Bréfritari: Gunnlaugur Oddsson
Dagsetning: A-1889-07-10
Skrifað á: Glasgow, Skotlandi

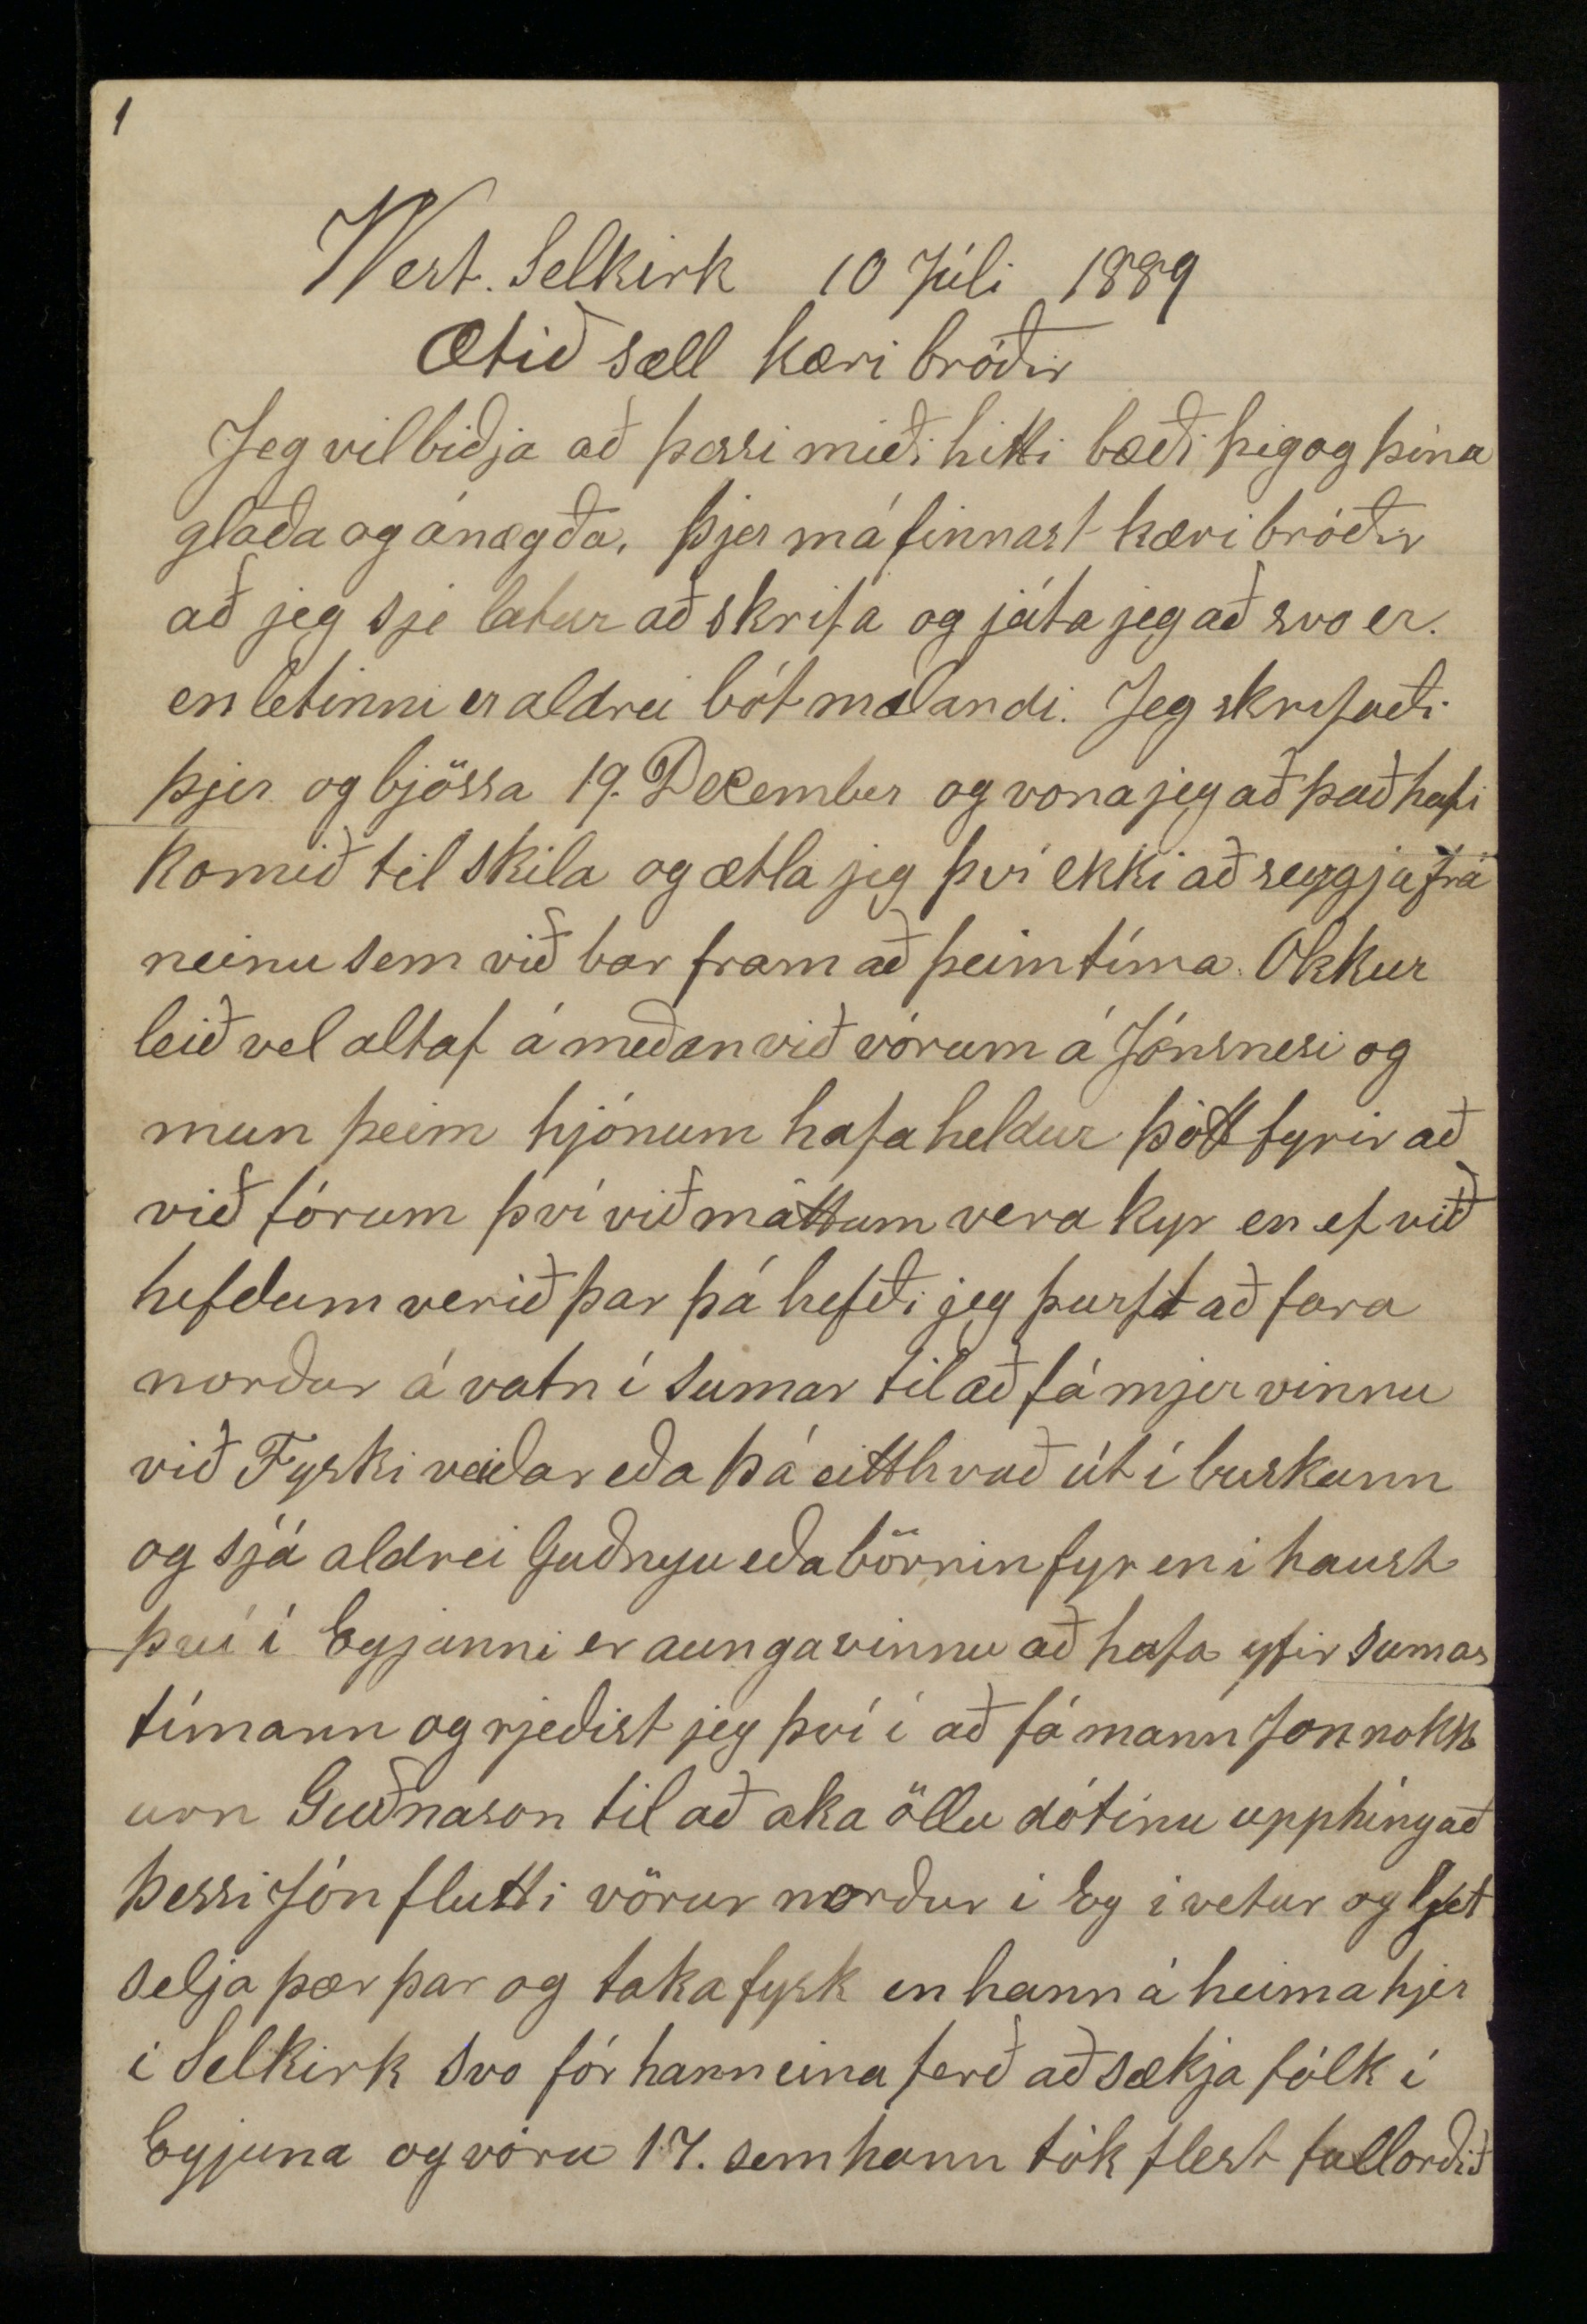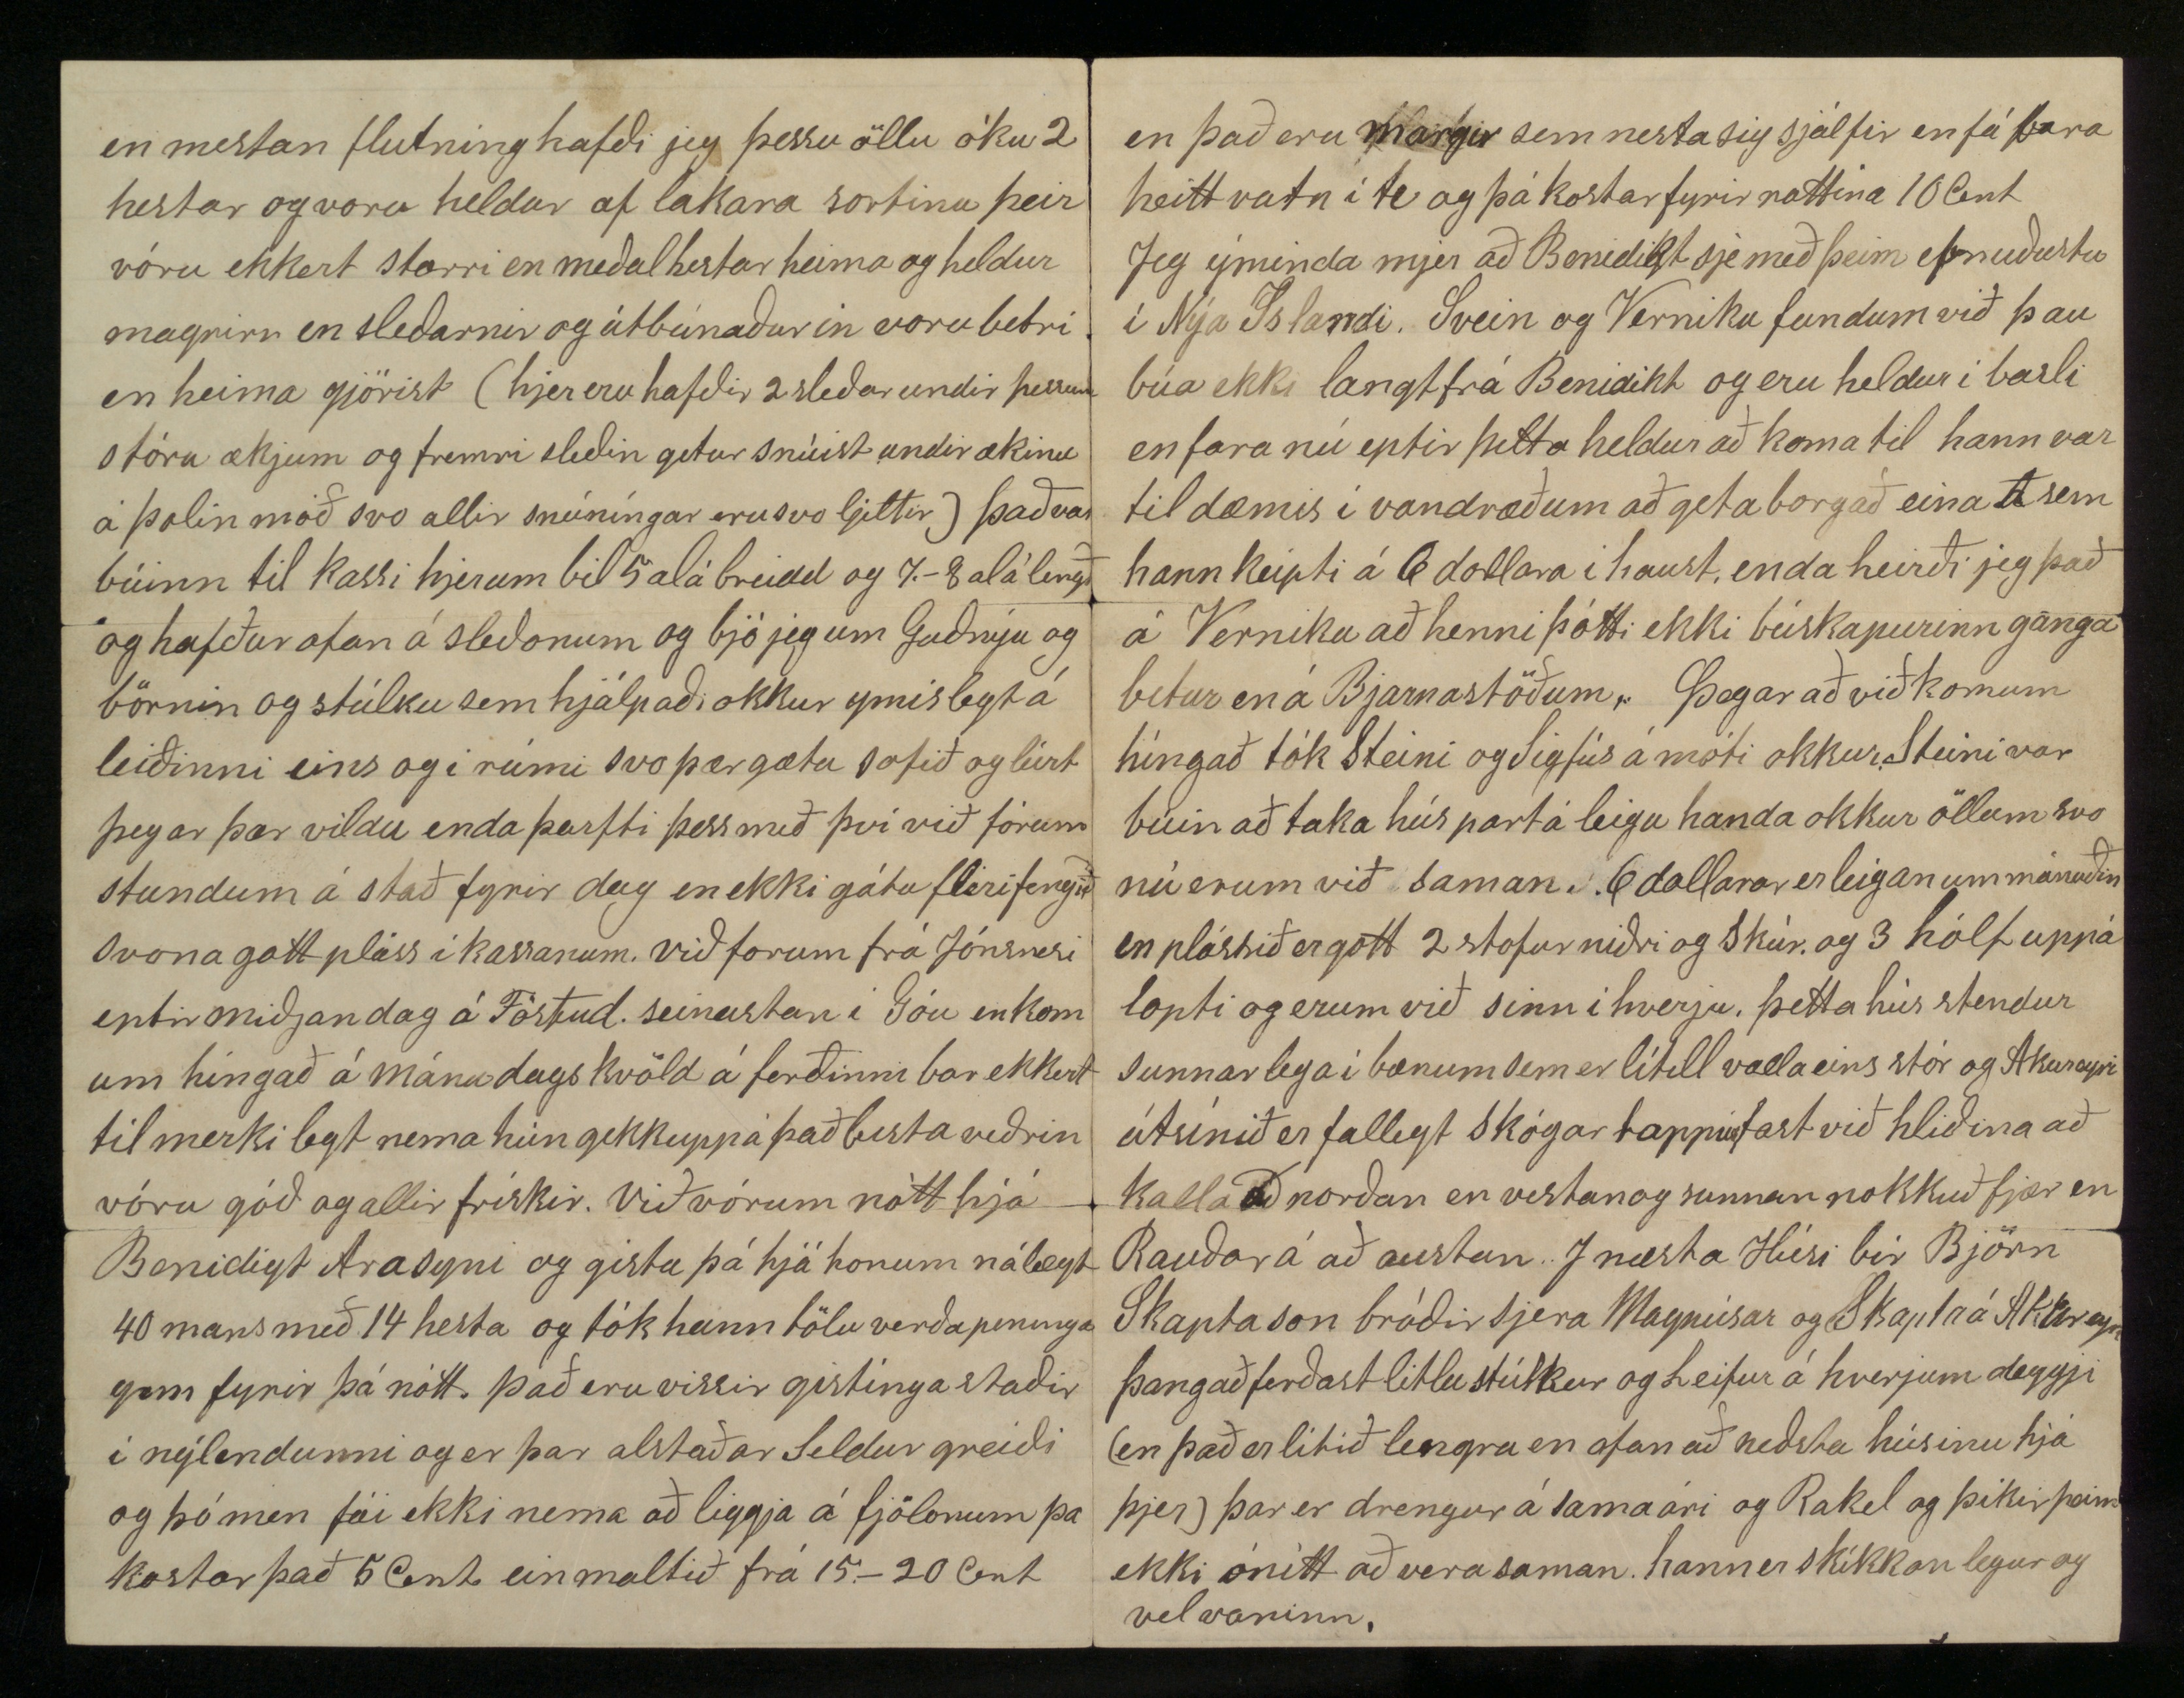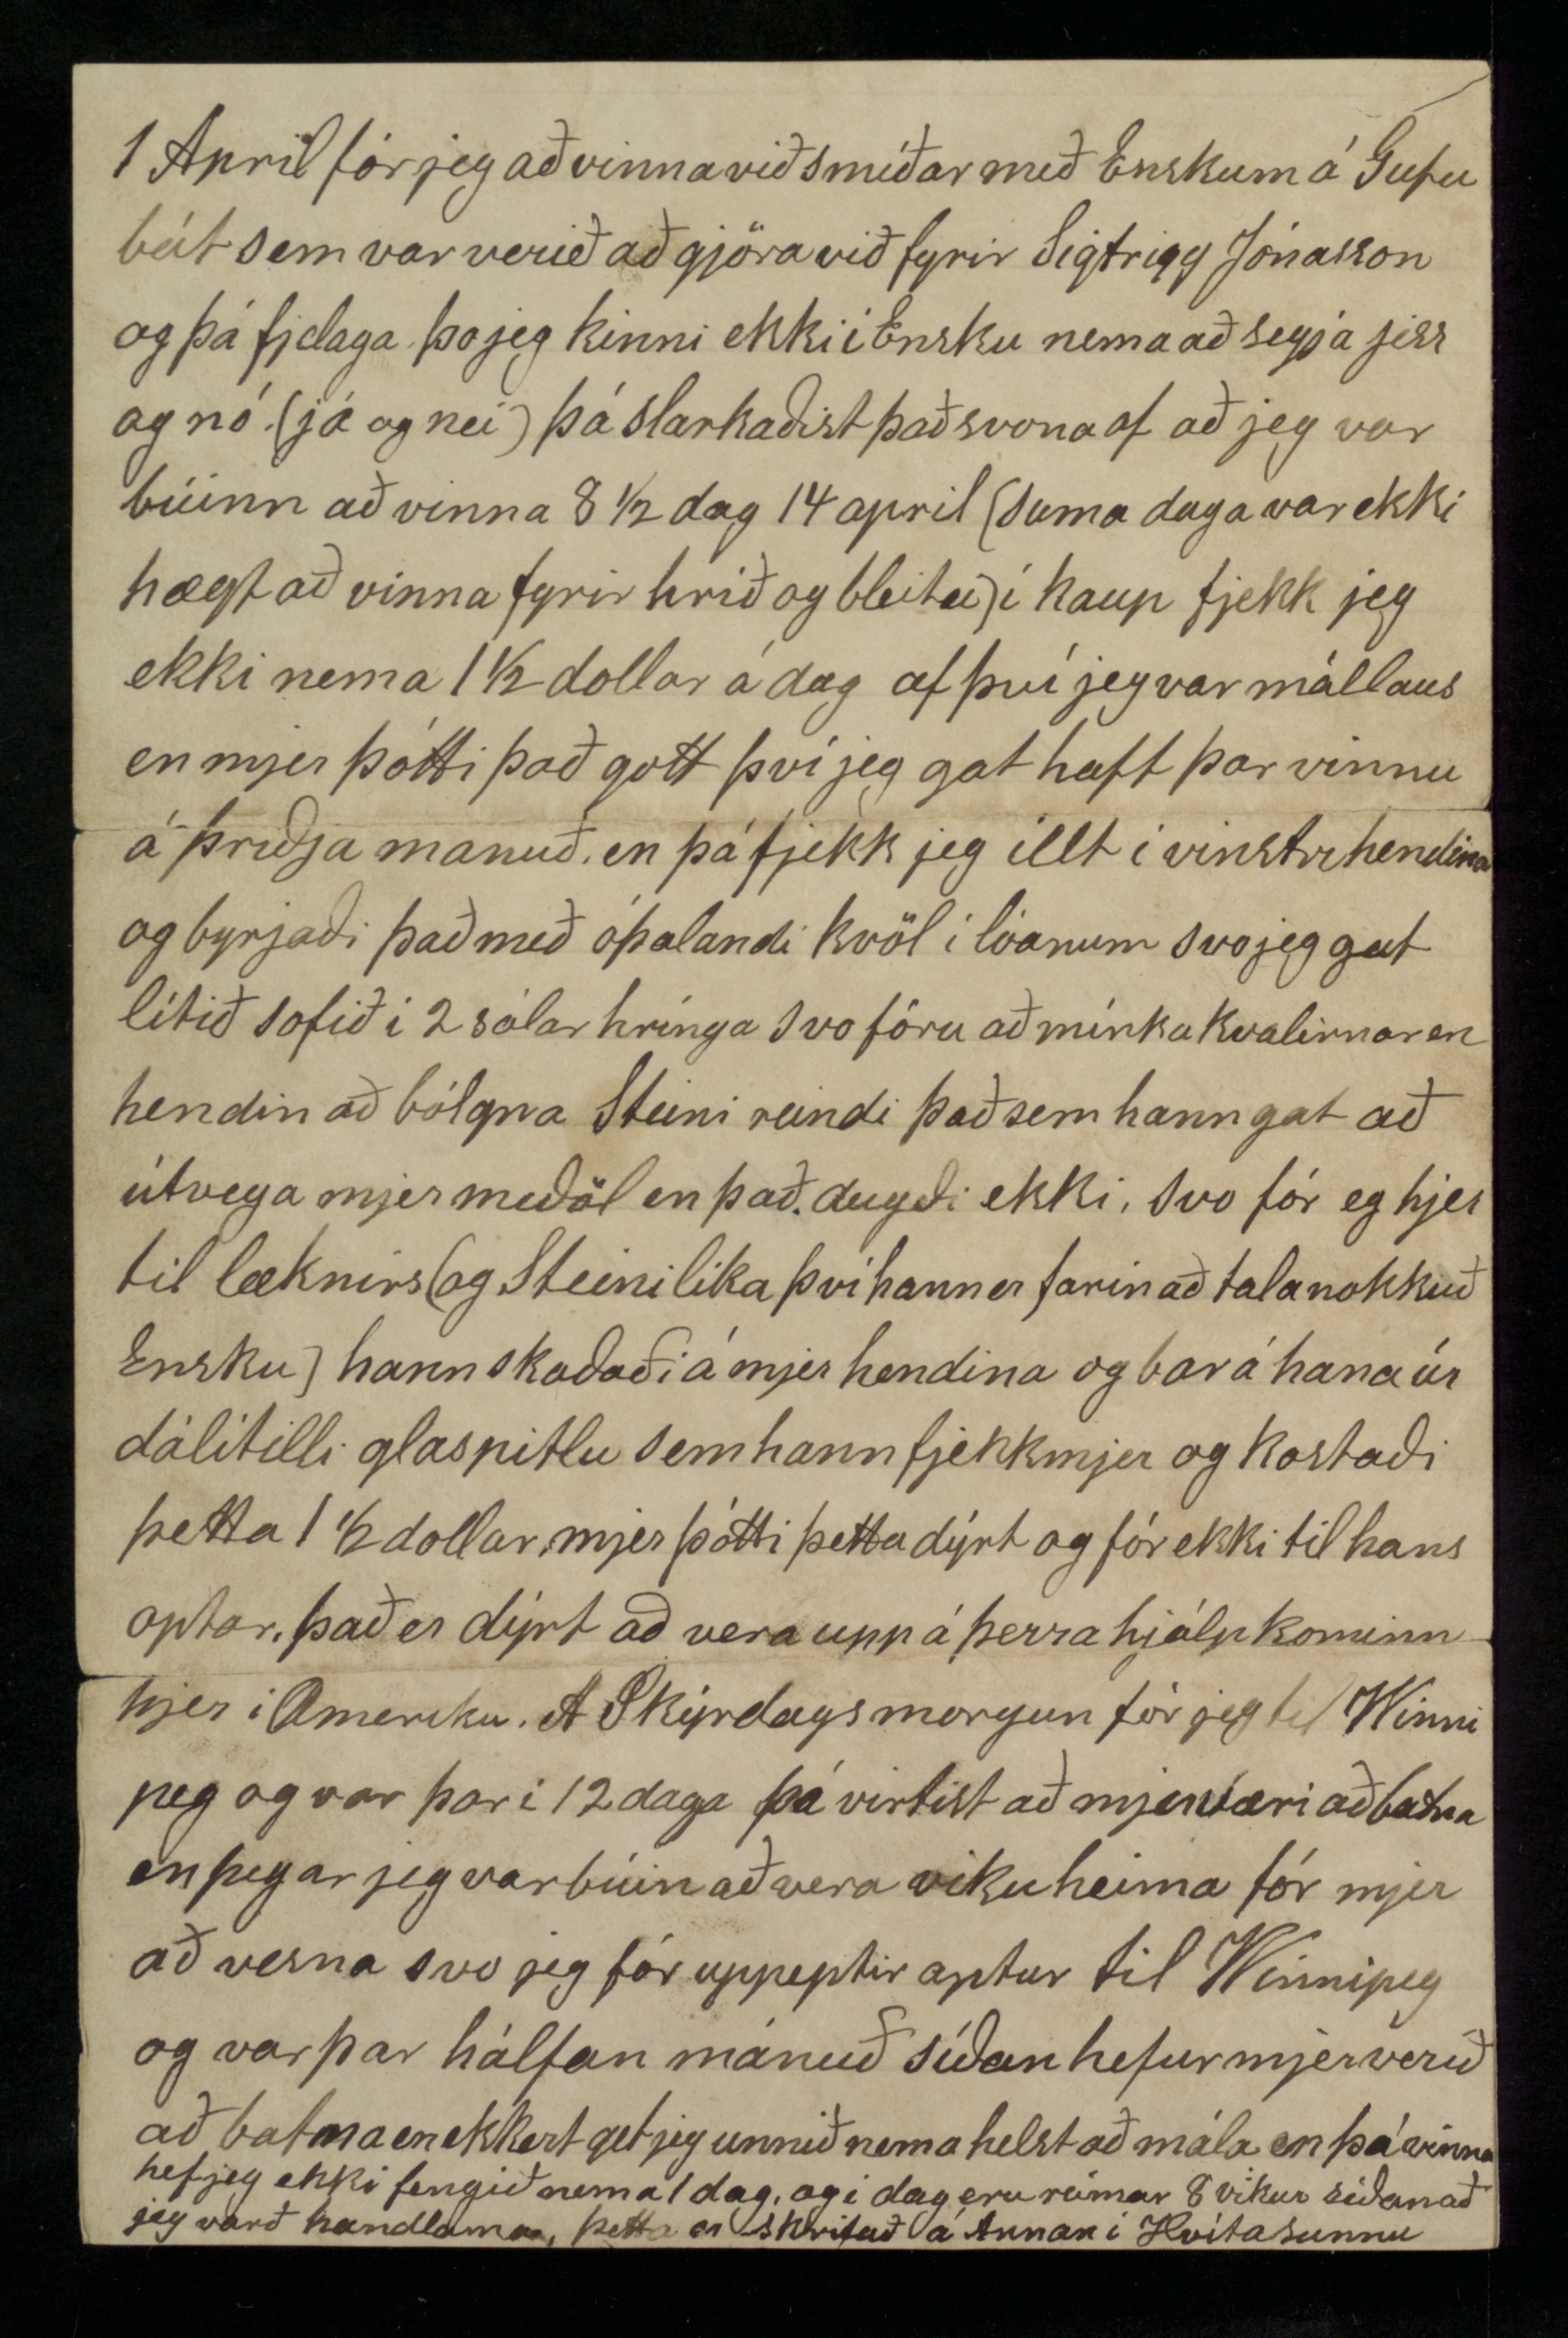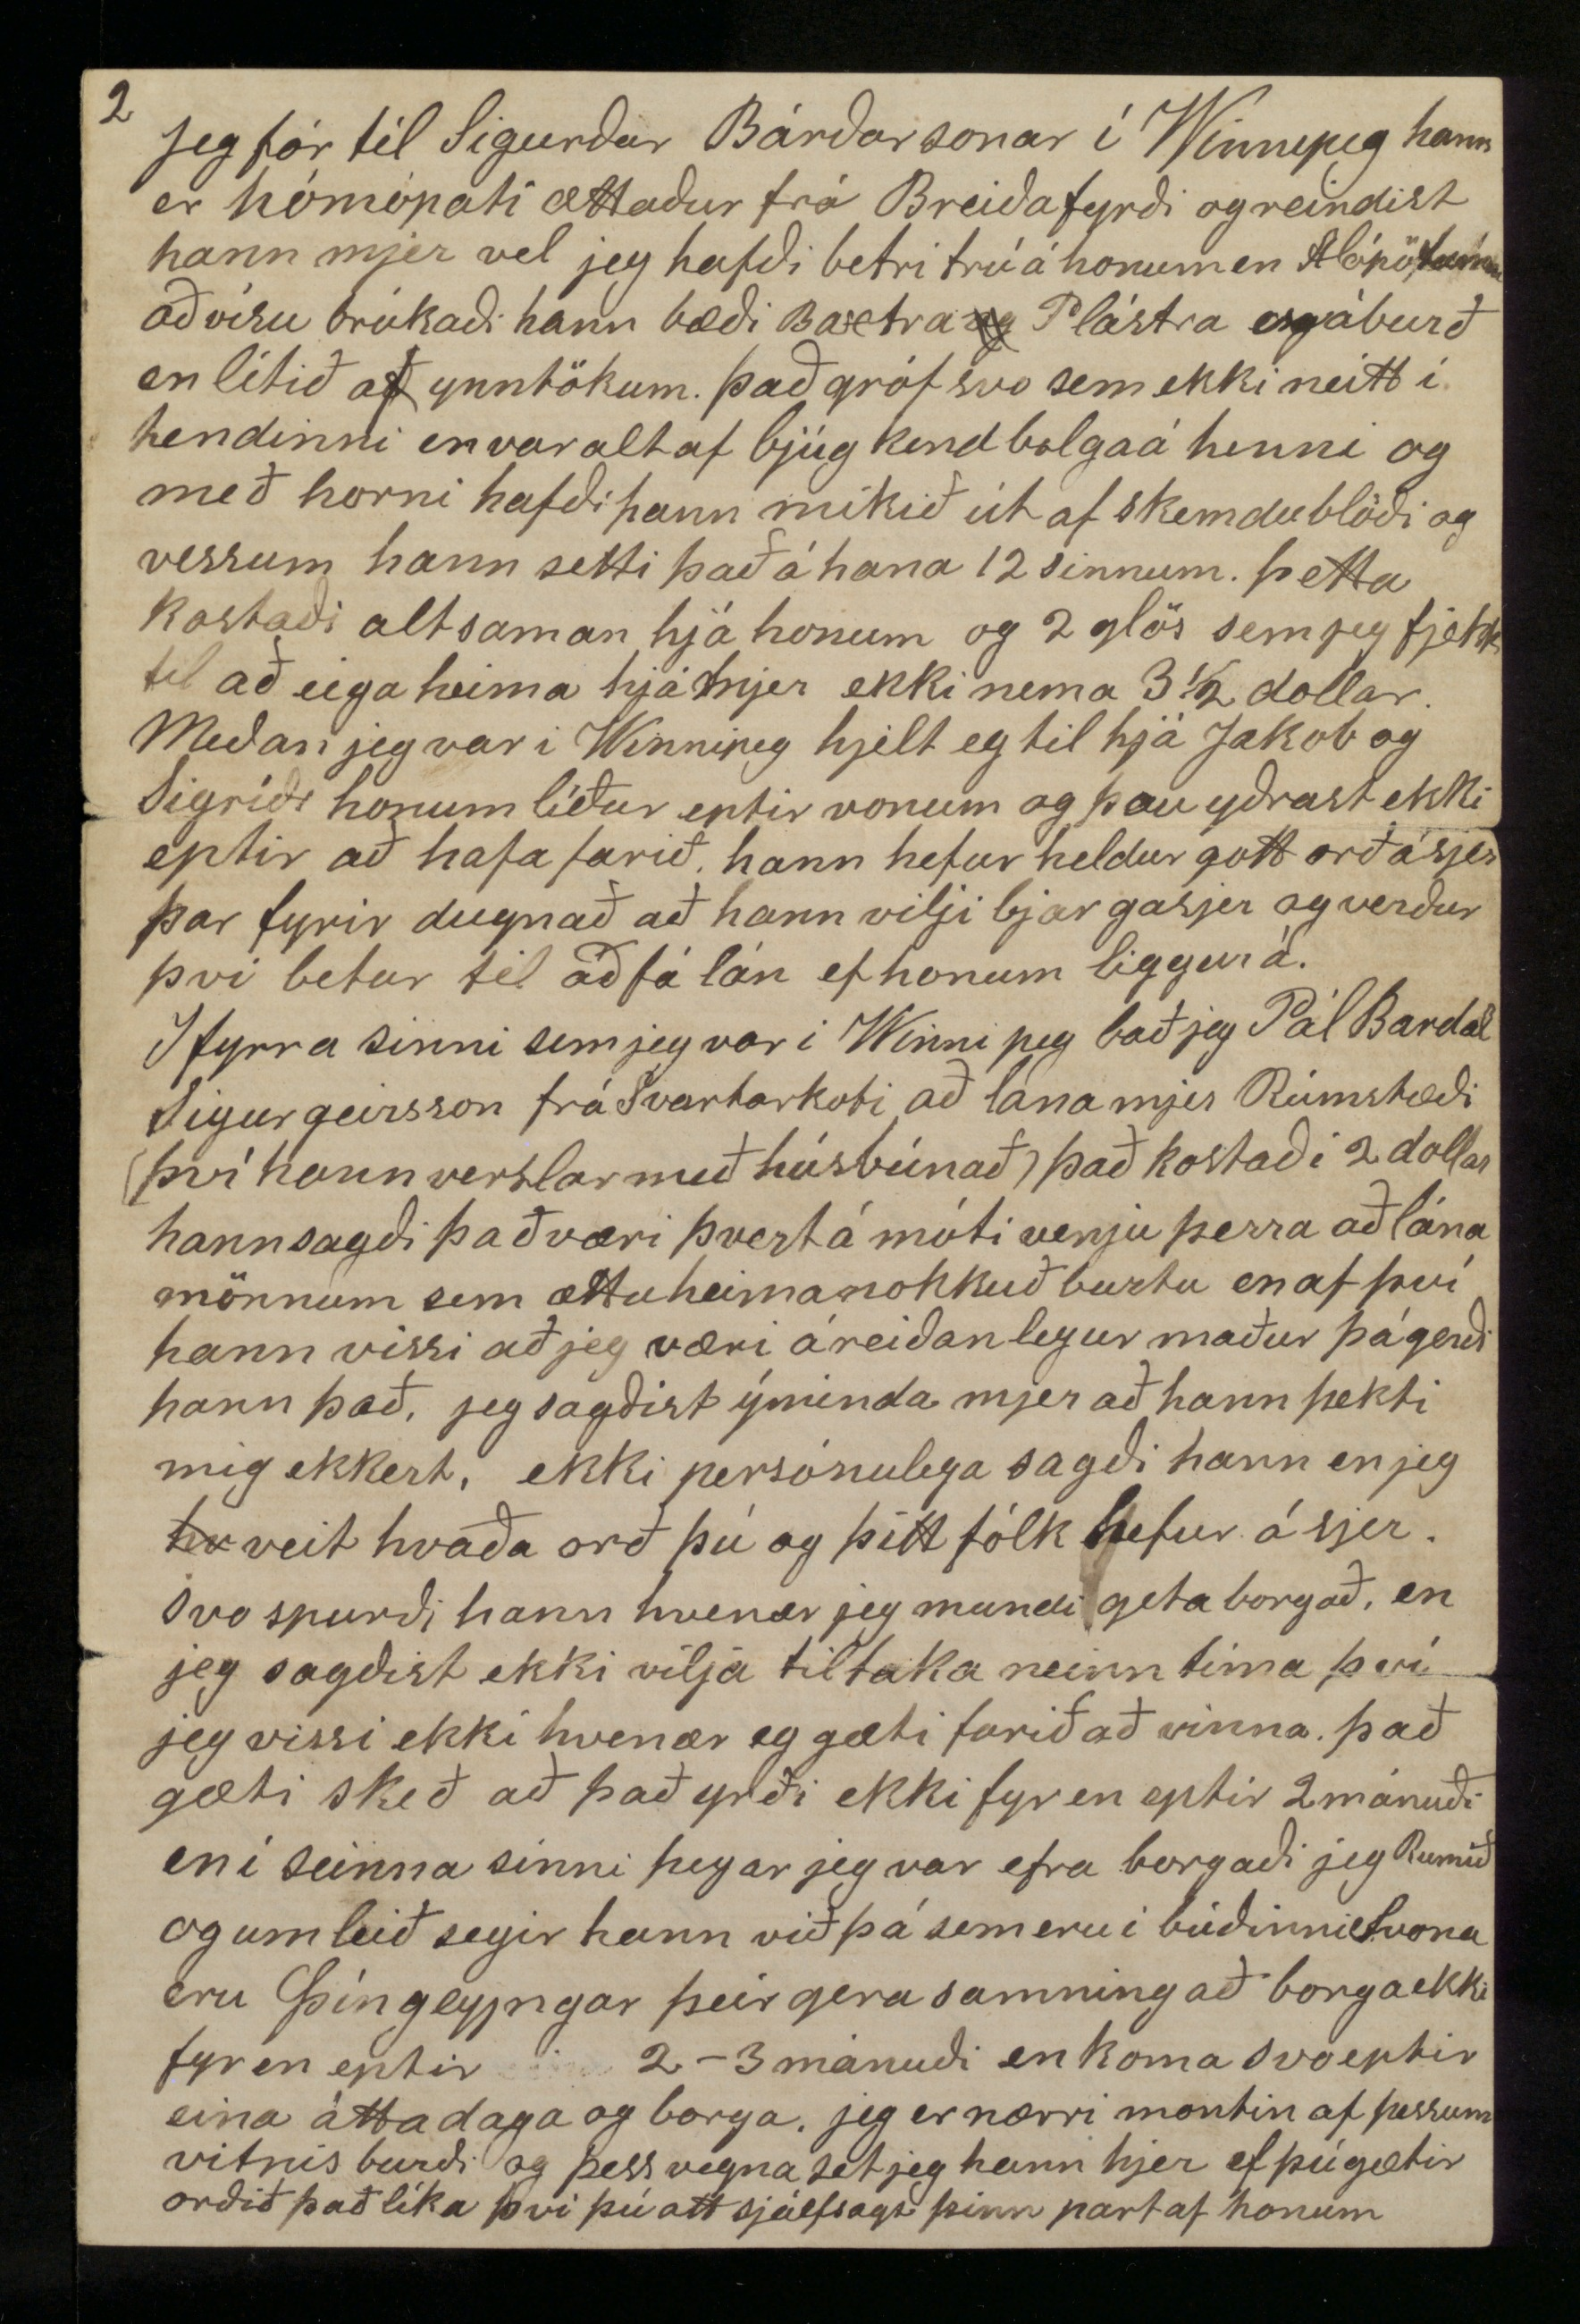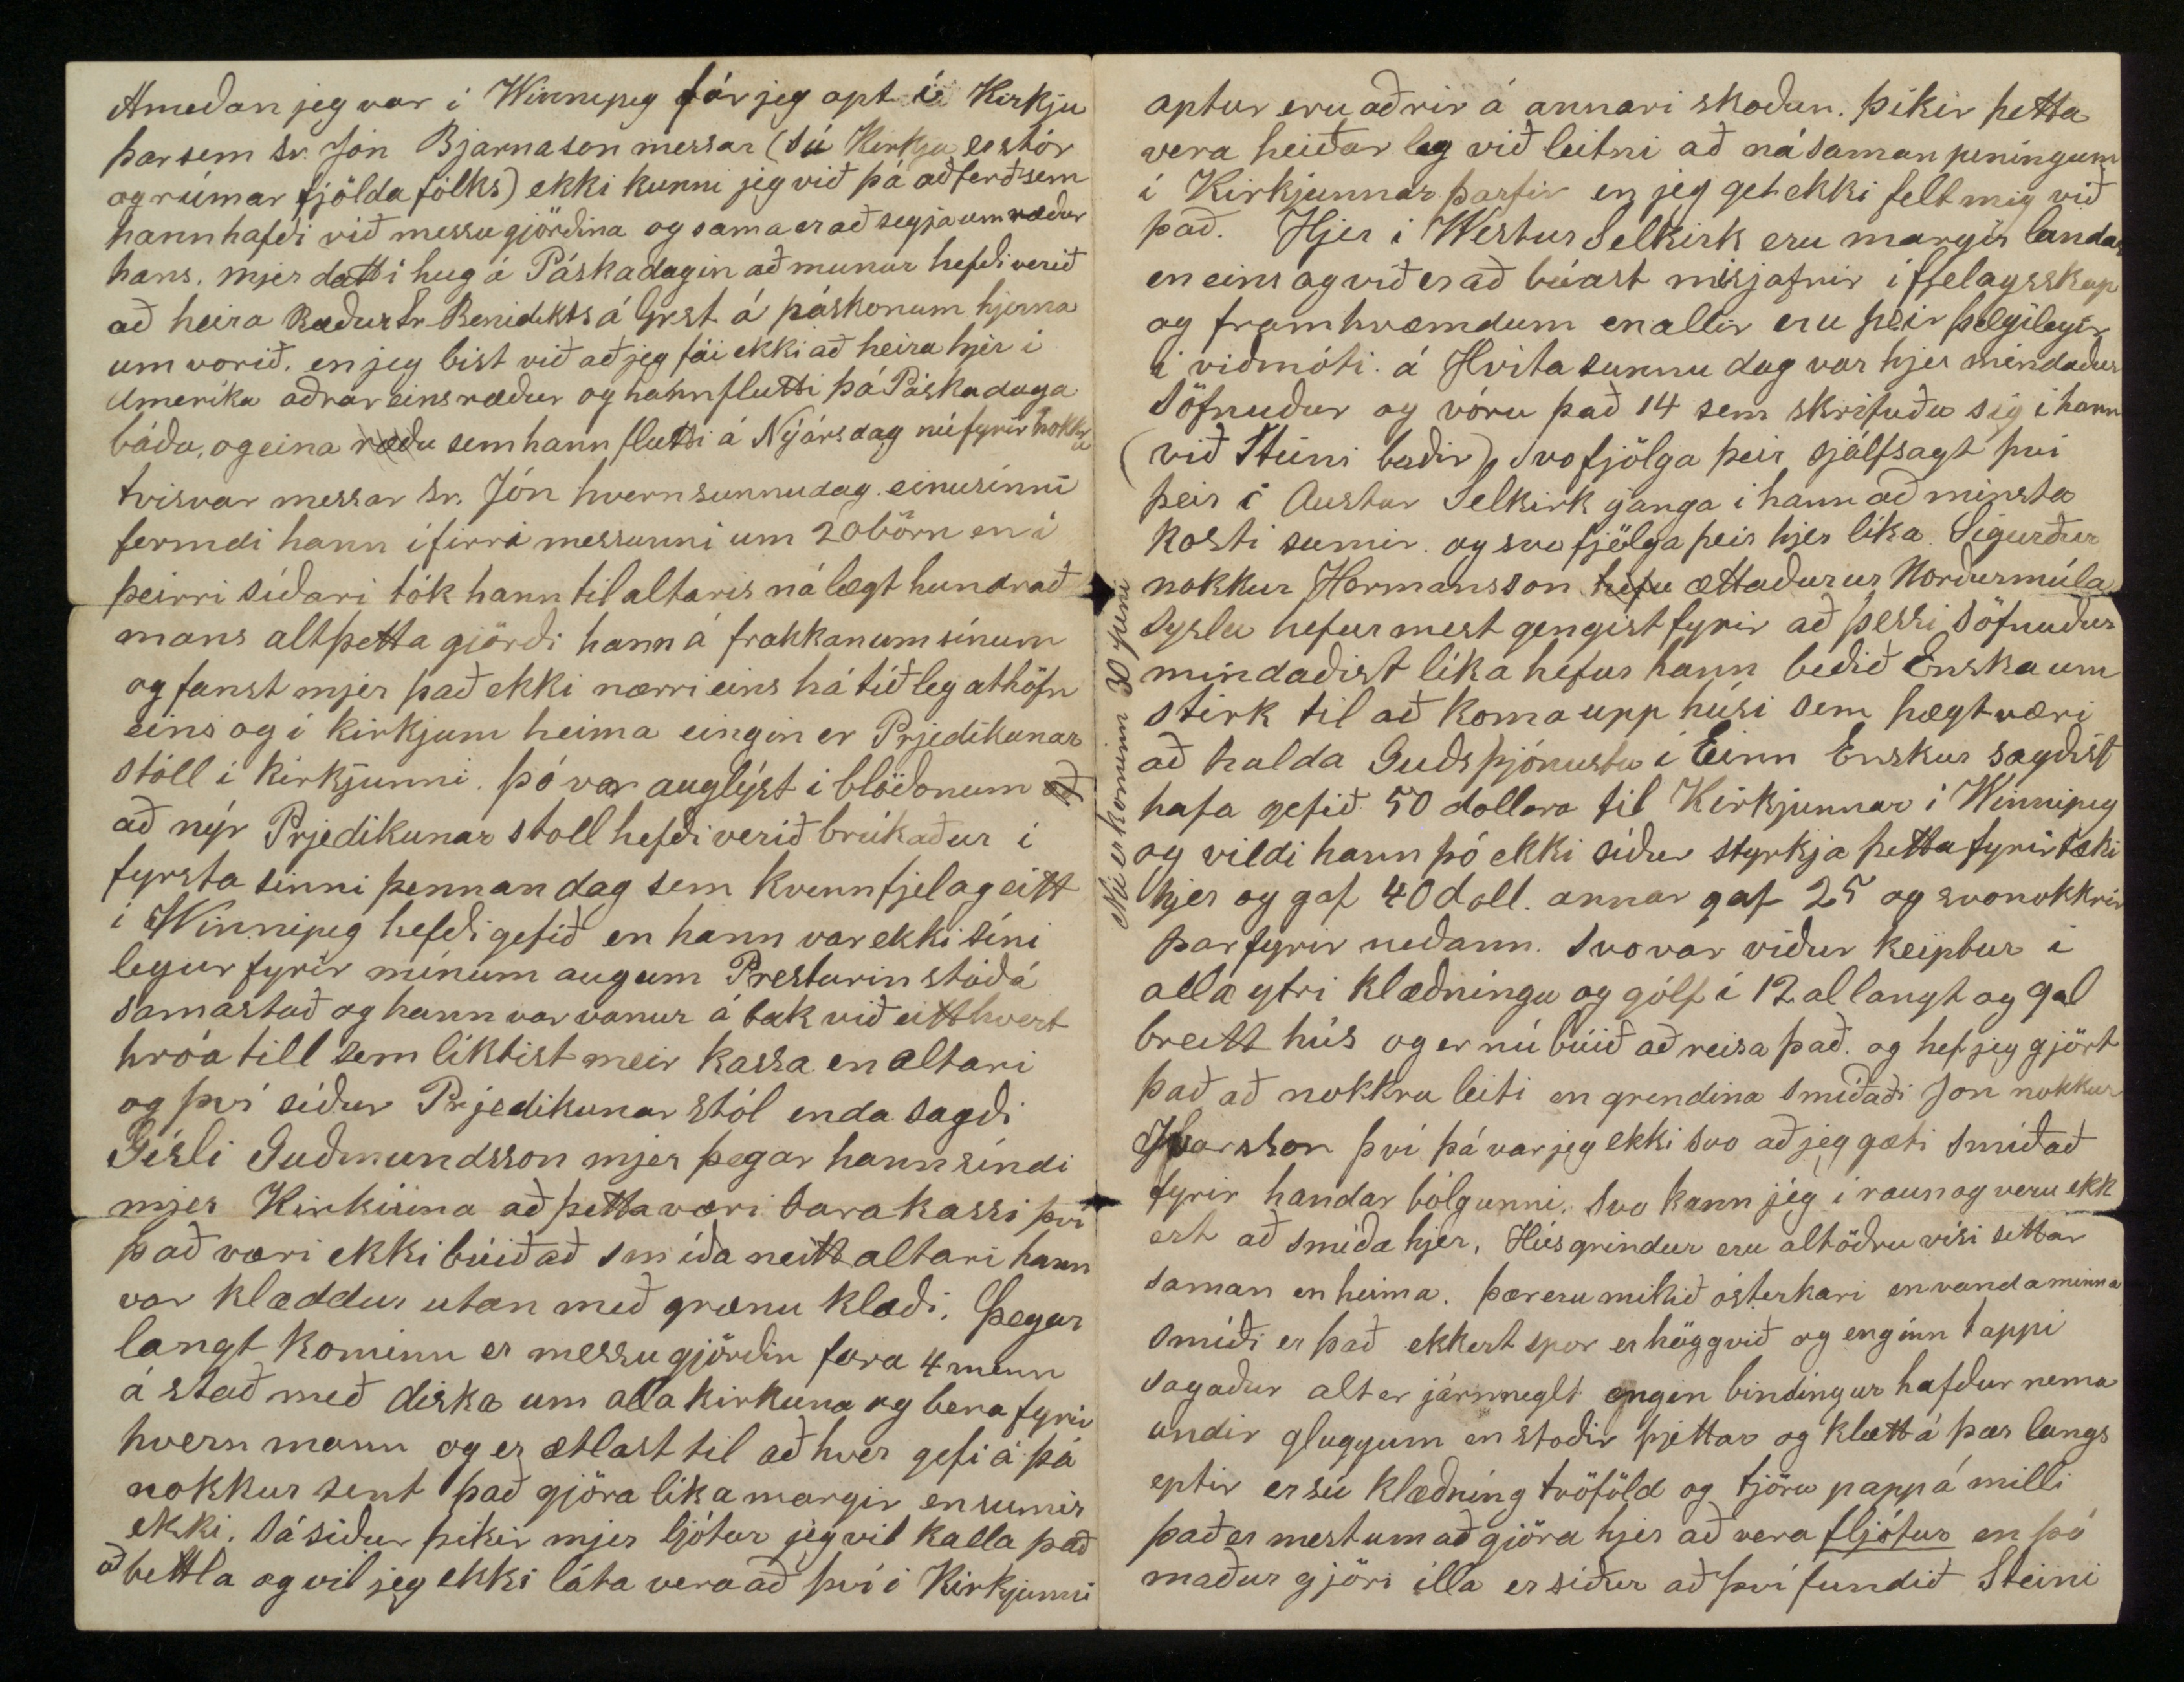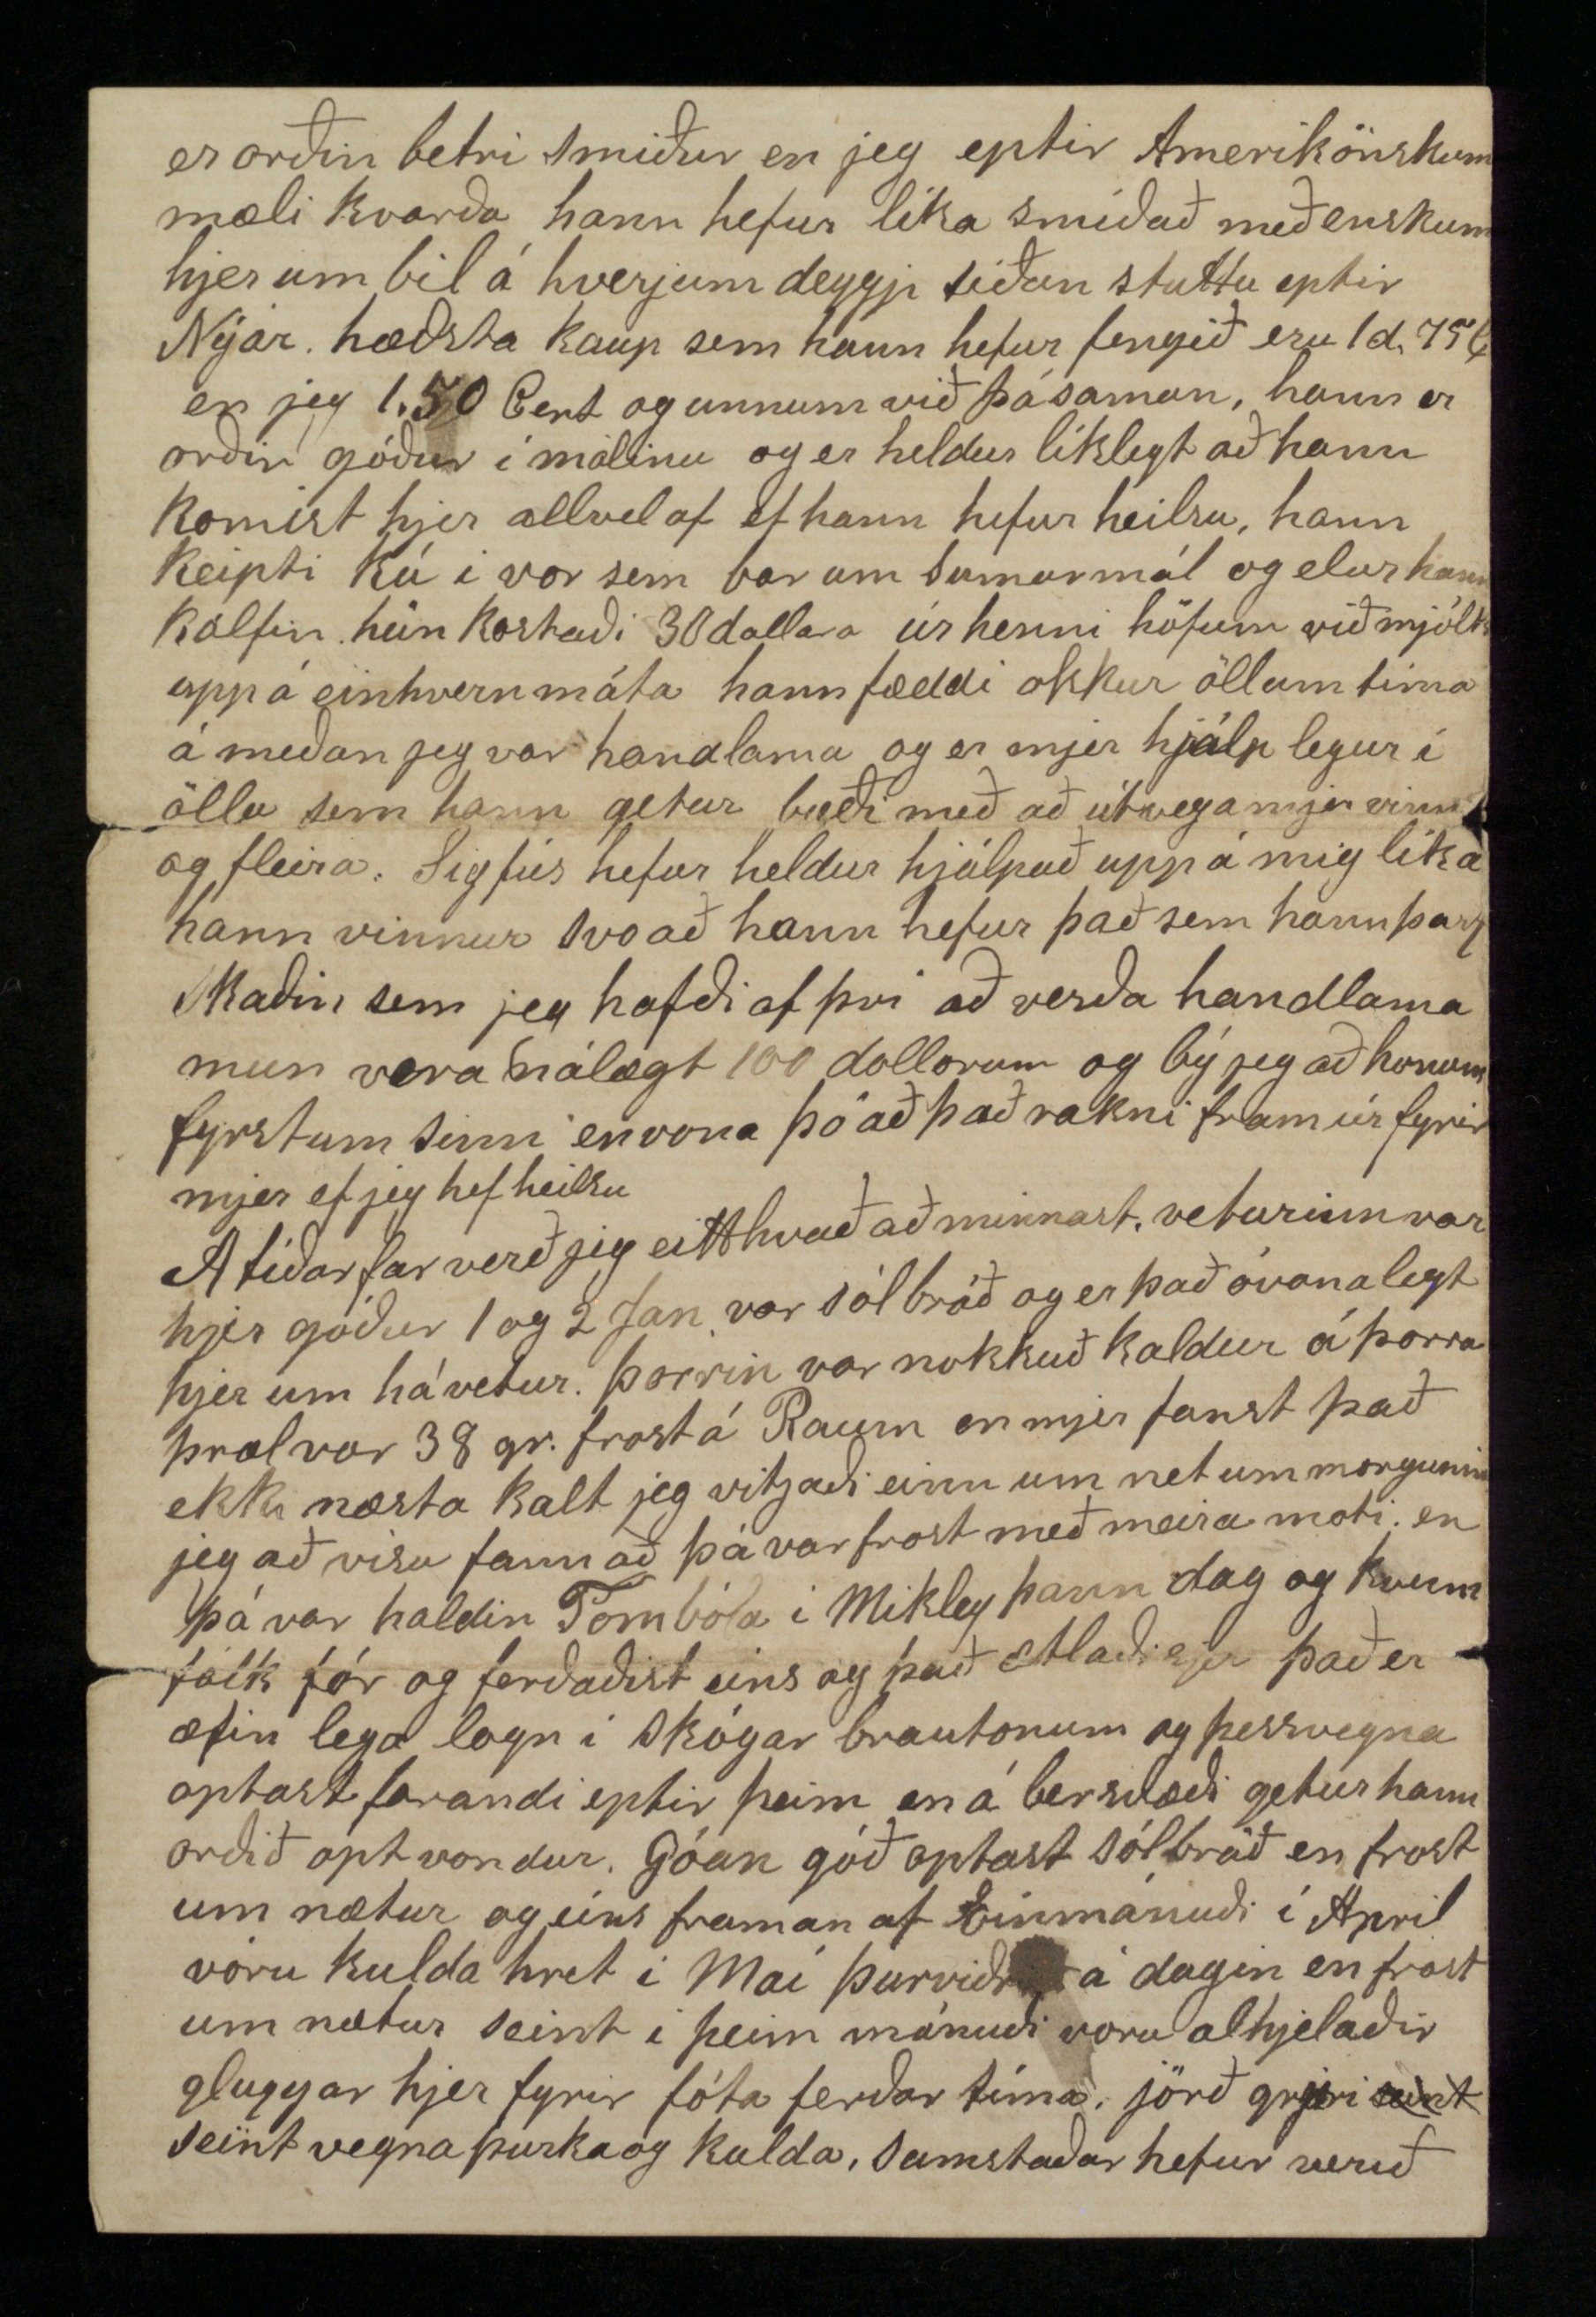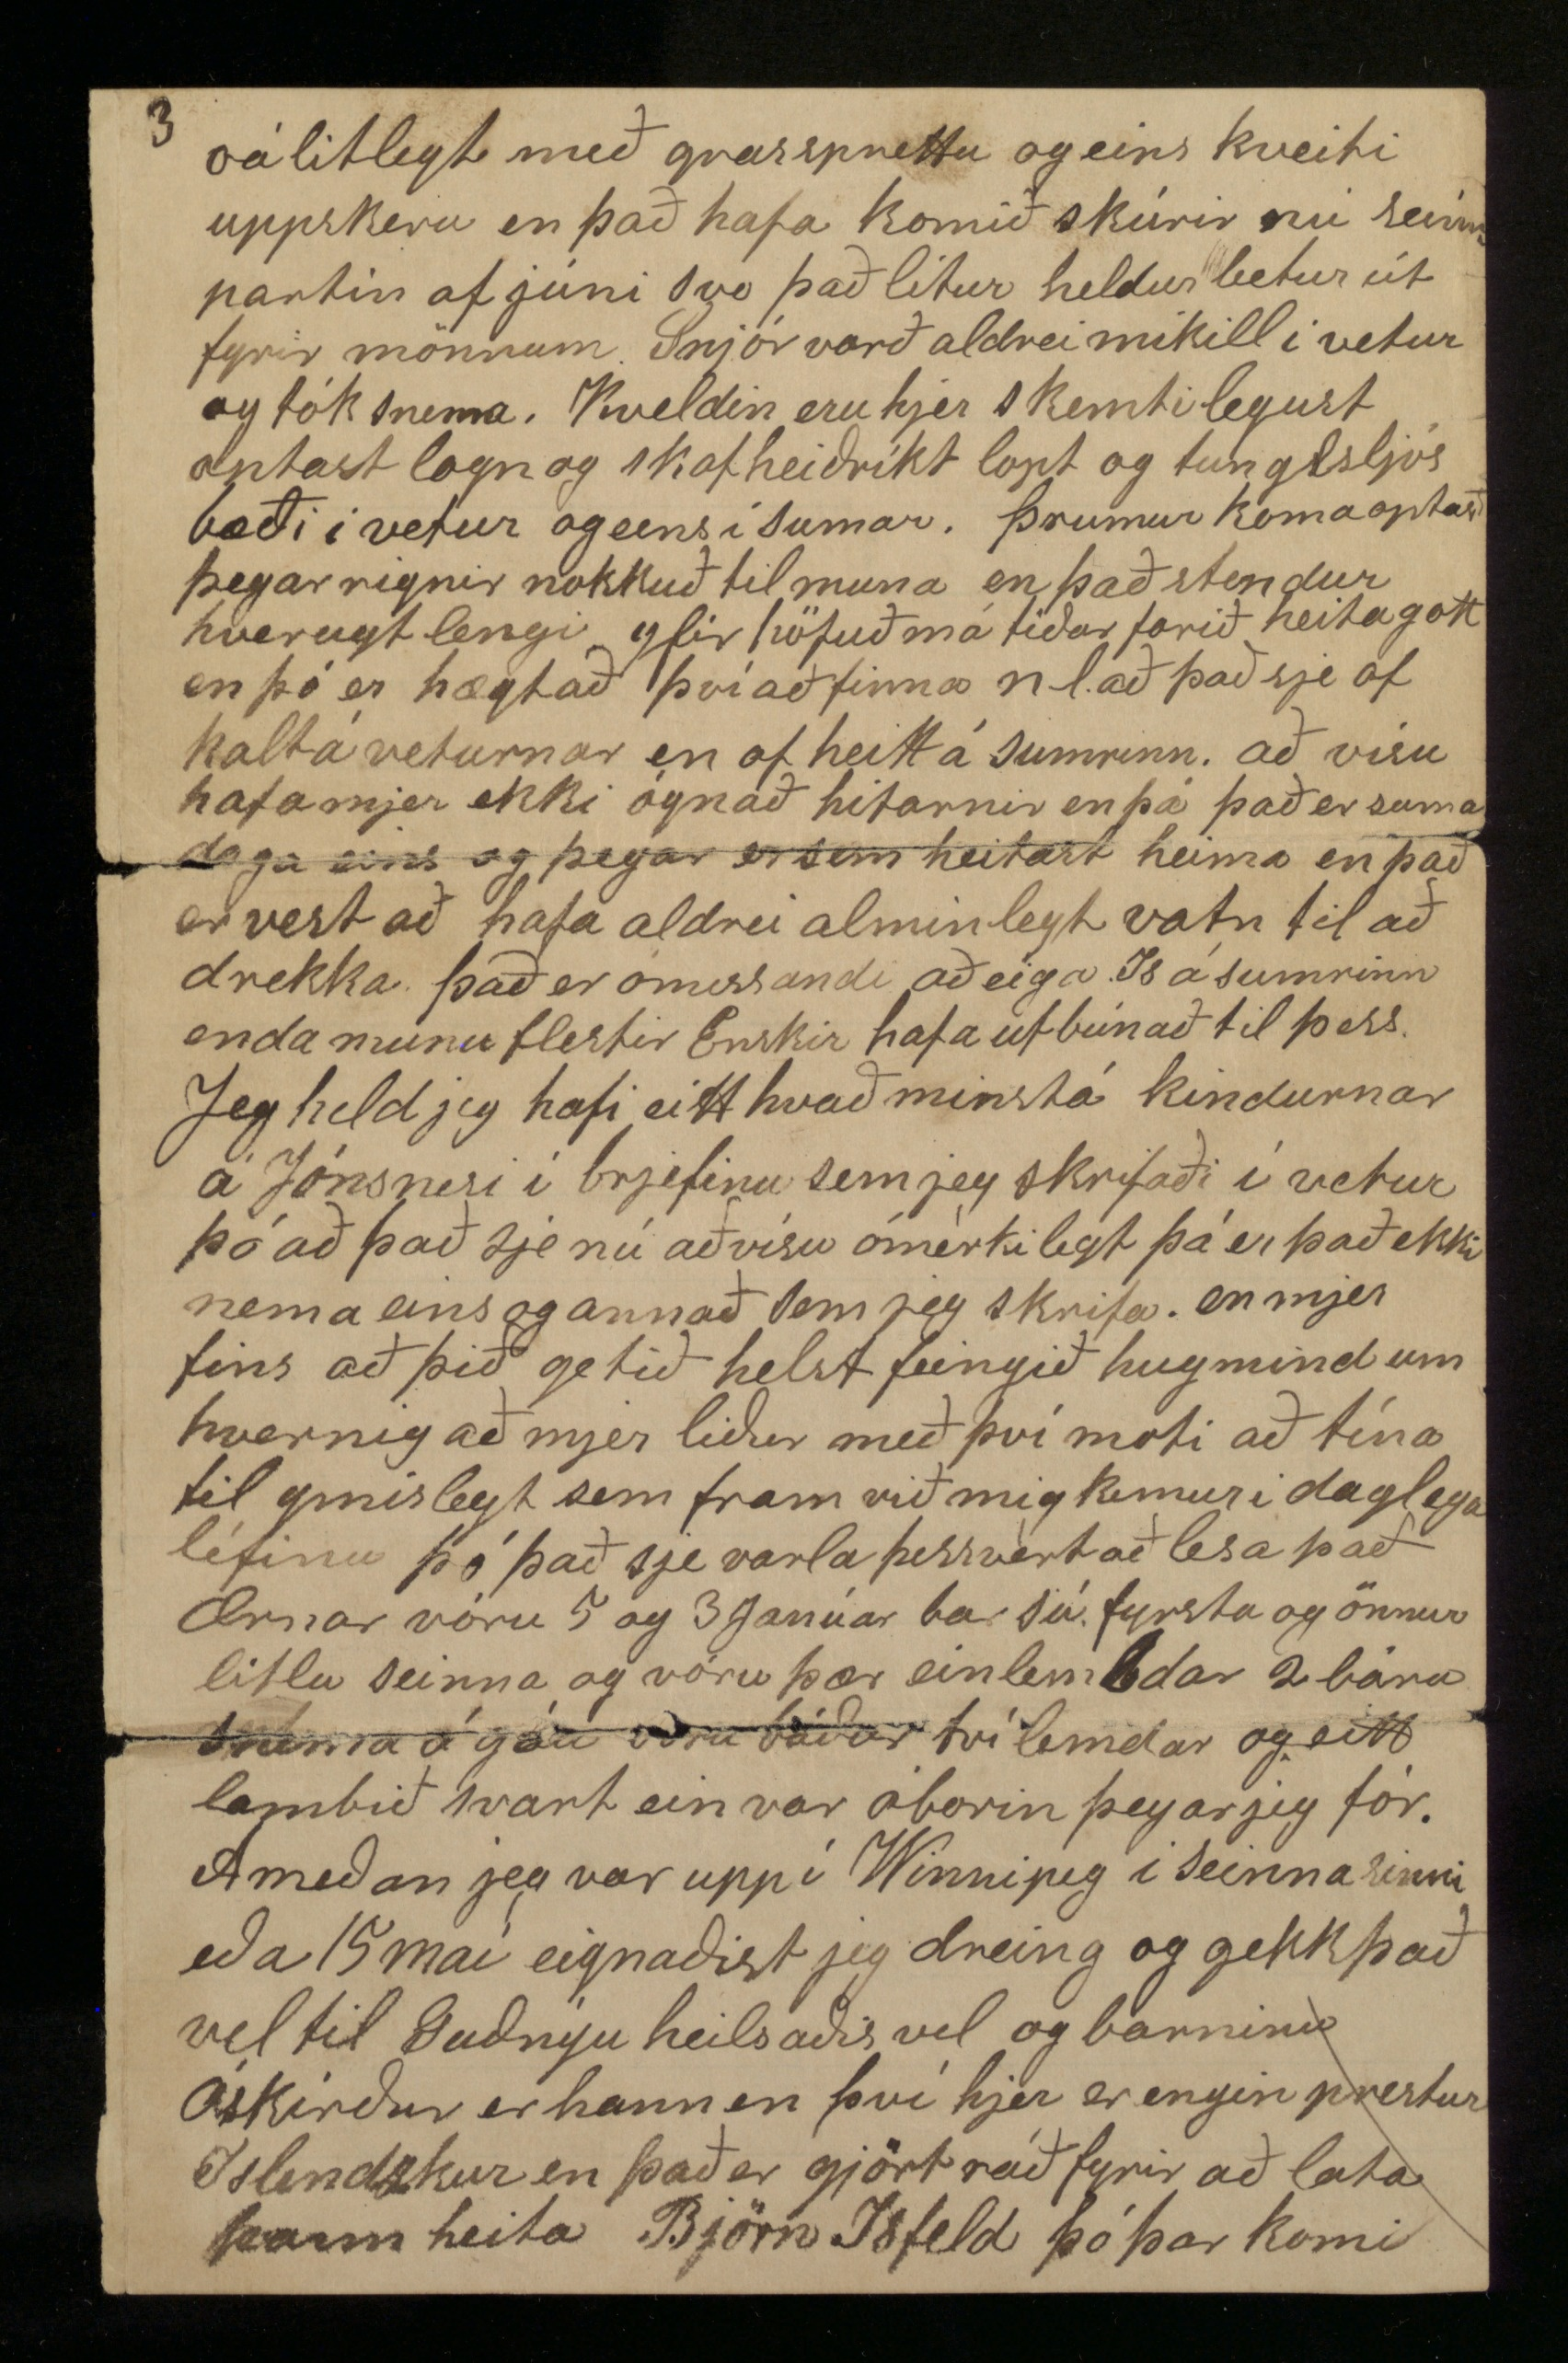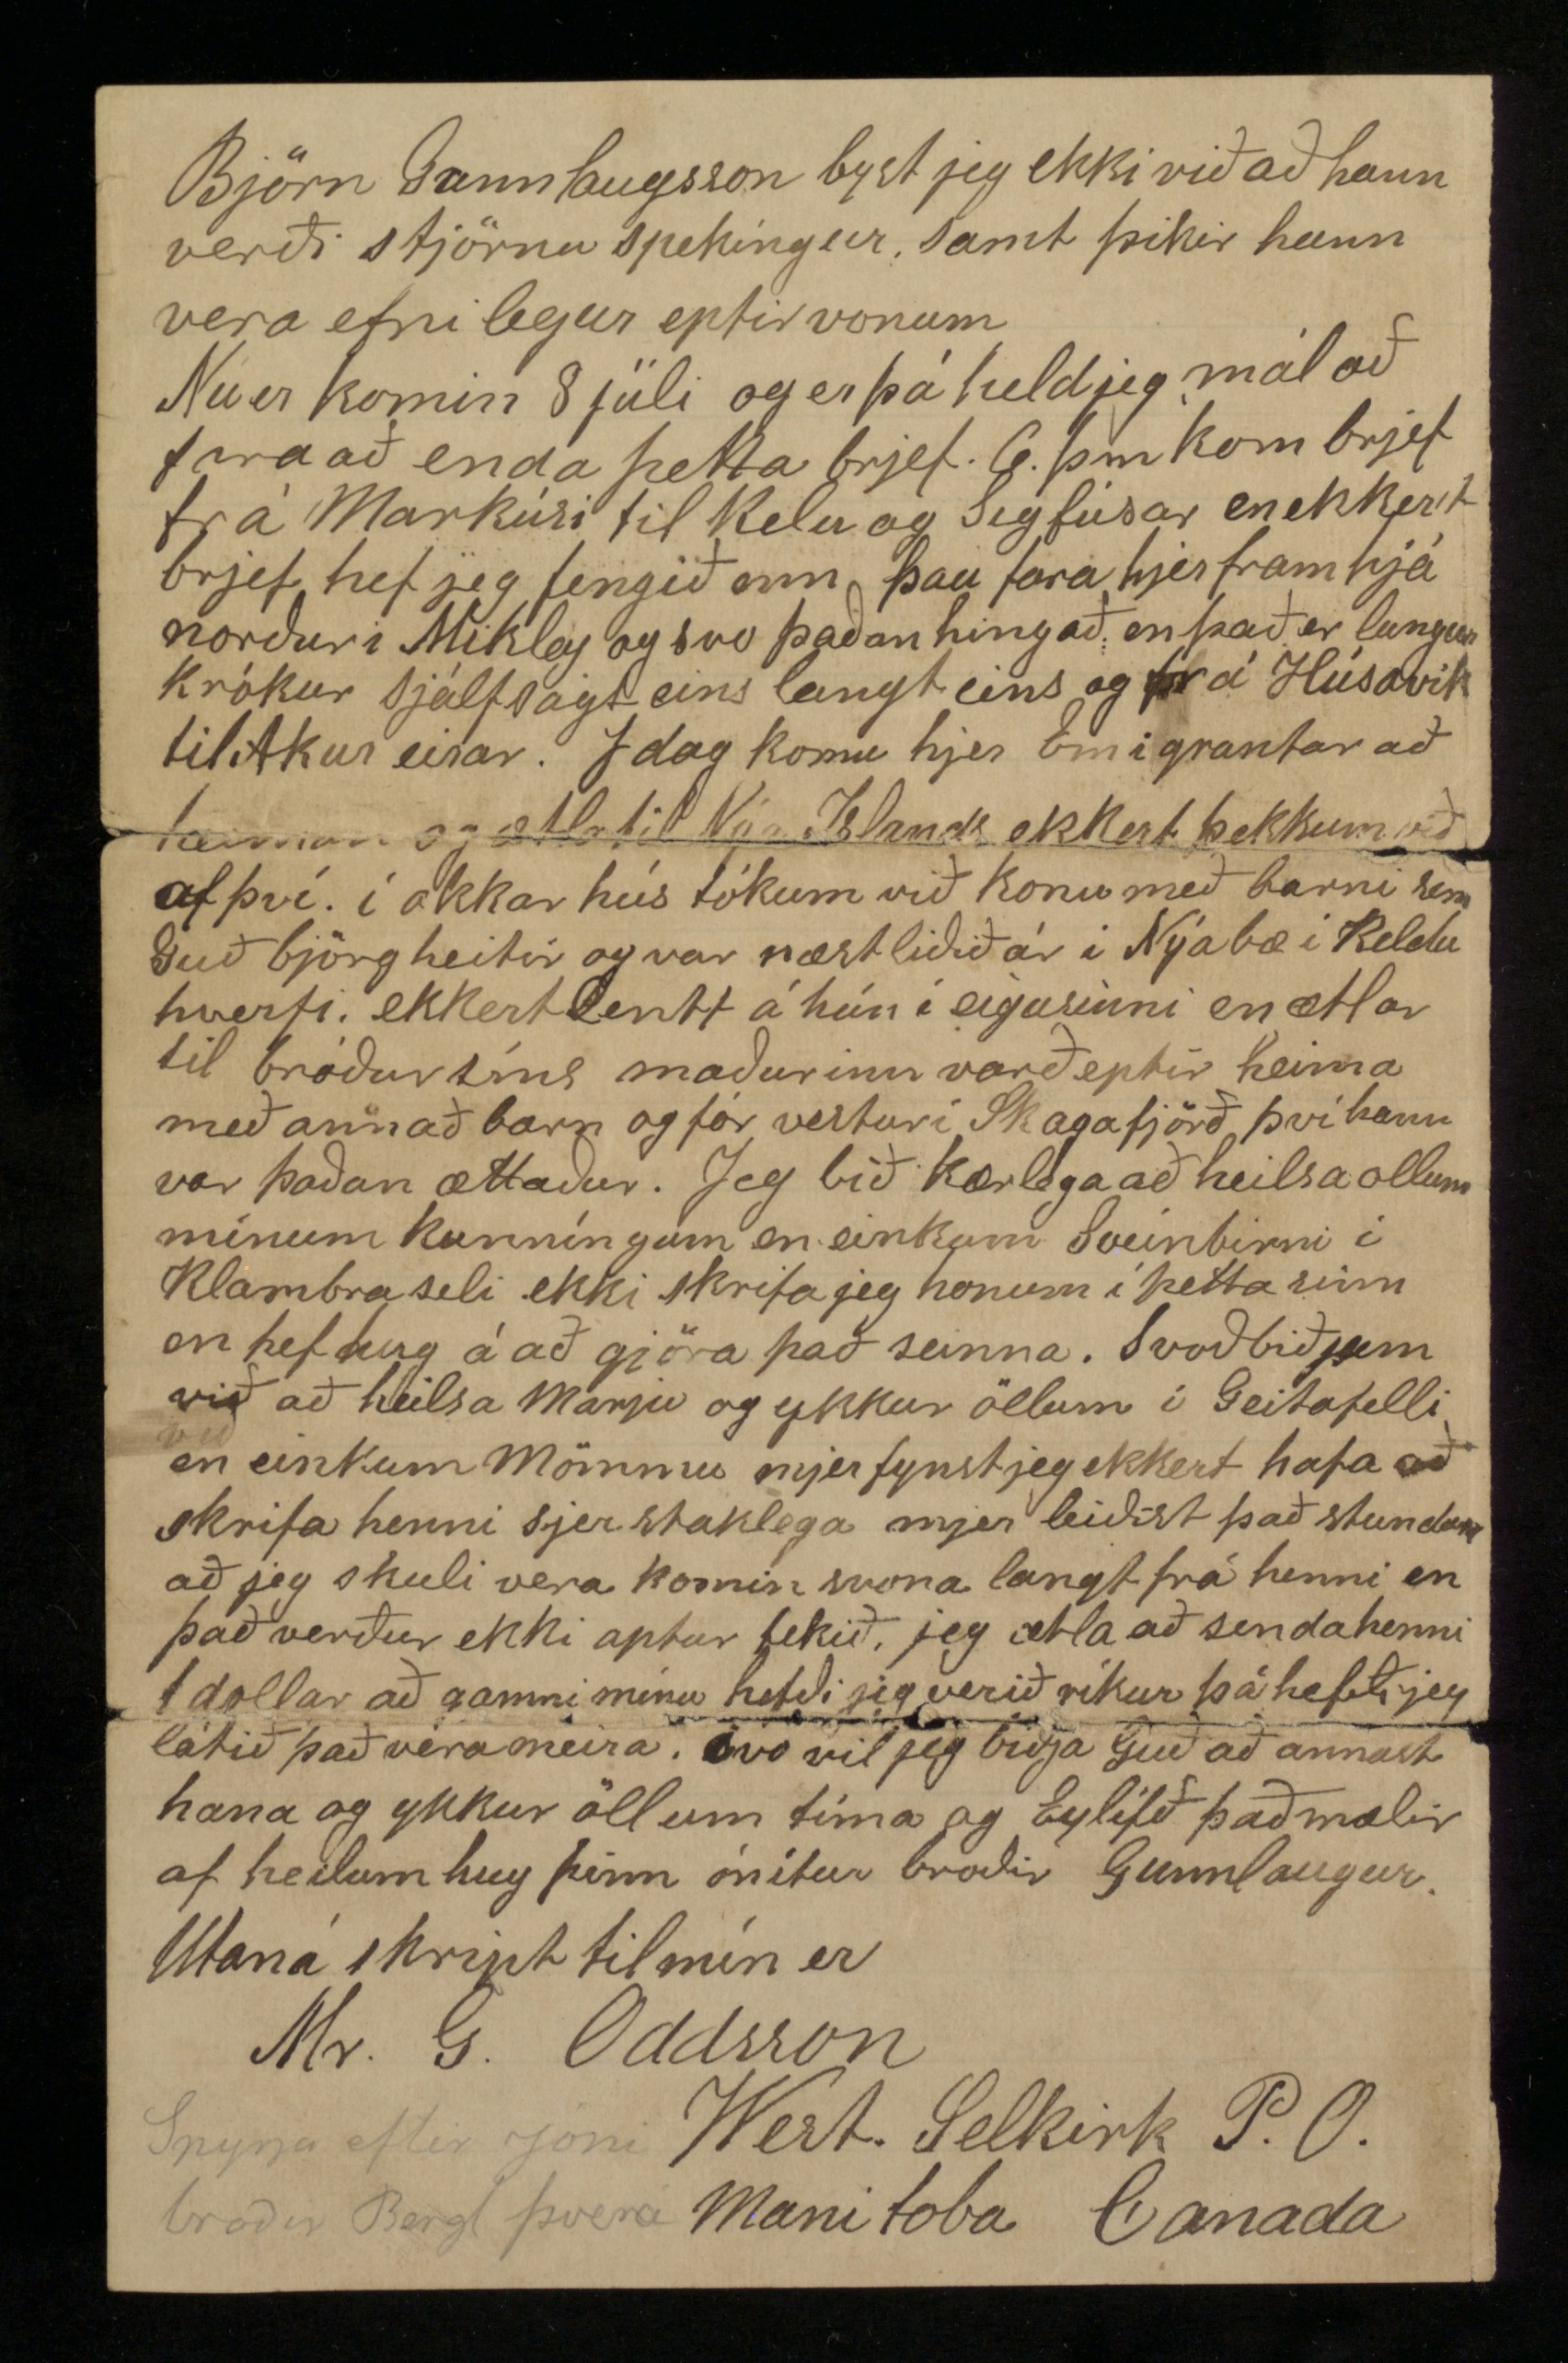

West Selkirk 10 Júli 1889
Ætíð sæll kæri bróðir
Jeg vil biðja að þessi miði hitti bæði þig og þína glaða og ánægða. þjer má finnast kæri bróðir að jeg sje latur að skrifa og játa jeg að svo er en letinni er aldrei bót mælandi. Jeg skrifaði þjer og bjössa 19. December og vona jeg að það hafi komið til skila og ætla jeg því ekki að seygja frá neinu sem við bar fram að þeim tíma. Okkur leið vel altaf á meðan við vórum á Jónsnesi og mun þeim hjónum hafa heldur þótt fyrir að við fórum því við máttum vera kyr en ef við hefðum verið þar þá hefði jeg þurft að fara norður á vatn í sumar til að fá mjer vinnu við Fyskiveiðar eða þá eitthvað út í buskann og sjá aldrei Guðnyu eða börnin fyr en í haust því í Eyjunni er aunga vinnu að hafa yfir sumar tímann og rjeðist jeg því í að fá mann Jon nokkurn Guðnason til að aka öllu dótinu upp híngað þessi Jón flutti vörur norður í Ey í vetur og ljet selja þær þar og taka fysk en hann á heima hjer í Selkirk Svo fór hann eina ferð að sækja fólk í Eyjuna og vóru 17. sem hann tók flest fullorðið
en mestan flutning hefði jeg þessu öllu óku 2 hestar og voru heldur af lakara sortinu þeir vóru ekkert stærri en meðal hestar heima og heldur magrir en sleðarnir og útbúnaðurin voru betri en heima gjörist (hjer eru hefðir 2 sleðar undir þessum stóru ækjum og fremri sleðin getur snúist undir ækinu áþolinmóð svo allir snúníngar eru svo ljettir) það var búinn til kassi hjerum bil 5 al á breidd og 7-8 al á lengð og hafður ofan á sleðonum og bjó jeg um Guðnýu og börnin og stúlku sem hjálpaði okkur ymislegt á leiðinni eins og í rúmi svo þær gætu sofið og lúrt þegar þær vildu enda þurfti þess með því við fórum stundum á stað fyrir dag en ekki gátu fleiri fengið svona gott pláss í kassanum. Við forum frá Jónsnesi eptir miðjan dag á Föstud. seinastan í Góu en komum híngað á Mánudagskvöld á ferðinni bar ekkert til merkilegt nema hún gekk uppá það besta veðrin vóru góð og allir frískir. Við vórum nótt hjá Benidigt Arasyni og gistu þá hjá honum nálægt 40 mans með 14 hesta og tók hann töluverða peninga ynn fyrir þá nótt. Það eru vissir gistíngastaðir í nýlendunni og er þar alstaðar seldur greiði og þó men fái ekki nema að liggja á fjölonum þa kostar það 5 Cent ein maltið frá 15.-20 Cent
en það eru margir sem nesta sig sjálfir en fá bara heitt vatn í te og þá kostar fyrir nottina 10 Cent Jeg ýminda mjer að Benidikt sje með þeim efnuðustu í Nýa Islandi. Svein og Verniku fundum við þau búa ekki langt frá Benidikt og eru heldur í basli en fara nú eptir þetta heldur að koma til hann var til dæmis í vandræðum að geta borgað eina
á
sem hann keipti á 6 dollara í haust, enda heirði jeg það á Verniku að henni þótti ekki búskapurinn ganga betur en á Bjarnastöðum. Þegar að við komum híngað tók Steini og Sigfús á móti okkur Steini var buin að taka hús parta á leigu handa okkur öllum svo nú erum við saman, 6 dollarar er leigan um mánuðin en plássið er gott 2 stofur niðri og Skúr og 3 hólf uppá lopti og erum við sinn í hverju. þetta hús stendur sunnarlega í bænum sem er lítill valla eins stór og Akureyri útsínið er fallegt Skógar
toppur
fast við hliðina að kalla að norðan en vestan og sunnan nokkuð fjær en Rauðará að austan. J næsta Húsi bír Björn Skaptason bróðir sjera Magnúsar og Skapta á Akureyri þangað ferðast litlu stúlkur og Leifur á hverjum deygji (en það er lítið lengra en ofan að neðsta húsinu hjá þjer) þar er drengur á sama ári og Rakel og þikir þeim ekki ónítt að vera saman. hann er skikkanlegur og vel vaninn
1 Apríl fór jeg að vinna við smíðar með Enskum á Gufu bát sem var verið að gjöra við fyrir Sigtrigg Jónasson og þá fjelaga þo jeg kinni ekki í Ensku nema að segja jess og nó (já og nei) þá slarkaðist það svona af að jeg var búinn að vinna 8 1/2 dag 14 apríl (suma daga var ekki hægt að vinna fyrir hríð og bleitu) í kaup fjekk jeg ekki nema 1 1/2 dollar á dag af því jeg var mállaus en mjer þótti það gott því jeg gat haft þar vinnu á þriðja manuð, en þá fjekk jeg íllt í vinstri hendina og byrjaði það með óþolandi kvöl í lóanum svo jeg gat lítið sofið í 2 sólarhrínga svo fóru að mínka kvalirnar en hendin að bólgna Steini reindi það sem hann gat að útvega mjer meðöl en það dugði ekki, svo fór eg hjer til læknirs (og Steini líka því hann er farin að tala nokkuð Ensku) hann skoðaði á mjer hendina og bar á hana úr dálítilli glaspitlu sem hann fjekk mjer og kostaði þetta 1 1/2 dollar mjer þótti þetta dýrt og fór ekki til hans optar, það er dýrt að vera upp á þerra hjálp kominn hjer í Ameriku. A Skýrdagsmorgun fór jeg til Winnipeg og var þar í 12 daga þá virtist að mjer væri að batna en þegar jeg var búin að vera viku heima fór mjer að vesna svo jeg fór uppeptir aptur til Winnipeg og var þar hálfan mánuð síðan hefur mjer verið að batna en ekkert gat jeg unnið nema helst að mála en þá vinnu hef jeg ekki fengið nema 1 dag, og í dag eru rúmar 8 vikur síðan að jeg varð handlama, þetta er skrifað á Annan í Hvítasunnu
Jeg fór til Sigurðar Bárðarsonar í Winnipeg hann er hómótpati ættaður frá Breiðafyrði og reindist hann mjer vel jeg hafði betri trú á honum en
Alópötum
að vísu brúkaði hann bæði Baxtra
og
Plástra og áburð en lítið af ynntökum. það gróf svo sem ekki neitt í hendinni en var altaf bjúg kend bolga á henni og með horni hafði hann mikið út af skemdu blóði vessum hann setti það á hana 12 sinnum. þetta kostaði alt saman hjá honum og 2 glös sem jeg fjekk til að eiga heima hjá mjer ekki nema 3 1/2 dollar. Meðan jeg var í Winnipeg hjelt jeg til hjá Jakob og Sigríði honum líður eptir vonum og þau yðrast ekki eptir að hafa farið, hann hefur heldur gott orð á sjer þar fyrir dugnað að hann vilji bjarga sjer og verður því betur til að fá lán ef honum liggur á.
I fyrra sinni sem jeg var í Winnipeg bað jeg Pál Bardal Sigurgeirsson frá Svartarkoti að lána mjer Rúmstæði (því hann verslar með húsbúnað) það kostaði 2 dollar hann sagði það væri þvert á móti venju þerra að lána mönnum sem ættu heima nokkuð burtu en af því hann vissi að jeg væri áreiðanlegur maður þá gerði hann það, jeg sagðist ýminda mjer að hann þekti mig ekkert, ekki persónulega sagði hann en jeg
hv
veit hvaða orð þú og þitt fólk hefur á sjer. svo spurði hann hvenær jeg mundi geta borgað, en jeg sagðist ekki viilja tiltaka neinn tíma því jeg vissi ekki hvenær eg gæti farið að vinna. það gæti skeð að það yrði ekki fyr en eptir 2 mánuði en í seinna sinni þegar jeg var efra borgaði jeg Rumið og um leið segir han við þá sem eru í búðinni Svona eru Þíngeyjingar þeir gera samning að borga ekki fyr en eptir 2-3 mánuði en koma svo eptir eina átta daga og borga. jeg er nærri montin af þessum vitnisburði og þess vegna set jeg hann hjer ef þú gætir orðið það líka því þú att sjálfsagt þinn part af honum
A meðan jeg var í Winnipeg fór jeg opt í Kirkju þar sem Sr. Jón Bjarason messar (sú Kirkja er stór og rúmar fjölda fólks) ekki kunni jeg við þá aðferð sem hann hafði við messugjörðina og sama er að segja um ræður hans. mjer datt í hug á Páskadagin að munur hefði verið að heira Ræðu Sr Benidikts á Grst á páskonum hjerna um vorið, en jeg bist við að jeg fái ekki að heira hjer í Ameríku aðrar eins ræður og hann flutti þá Páskadaga báða og eina
ræðu
sem hann flutti á Nýársdag nú fyrir nokkru tvisvar messar Sr. Jón hvern sunnudag einusinni fermdi hann í firri messunni um 20 börn en í þeirri síðari tók hann til altaris nálægt hundrað mans alt þetta gjörði hann á frakkanum sínum og fast mjer það ekki nærri eins hátíðleg athöfn eins og í kikjum heima eingin er Prjedikunarstóll í kirkjunni. þó var auglýst í blöðonum
að
að nýr Prjedikunarstoll hefði verið brúkaður í fyrsta sinni þennan dag sem kvennfjelag eitt í Winnipeg hefði gefið en hann var ekki sínilegur fyrir mínum augum Presturin stóð á samastað og hann var vanur á bak við eitthvert hróatill sem líktist meir kassa en altari og því síður Prjedikunarstól enda sagði Gísli Guðmundsson mjer þegar hann síndi mjer Kirkuna að þetta væri bara kassi því það væri ekki búið að smíða neitt altari hann var klæddur utan með grænu klæði. þegar langt kominn er messugjörðin fara 4 menn á stað með diska um alla kirkuna og bera fyrir hvern mann og er ætlast til að hver gefi á þá nokkur sent það gjöra líka margir en sumir ekki. Sá siður þikir mjer ljótur jeg vil kalla það
að
bettla og vil jeg ekki láta vera að því í Kirkjunni
aptur eru aðrir á annari skoðun. þikir þetta vera heiðarleg viðleitni að ná saman peníngum í Kirkjunnar þarfir en jeg get ekki felt mig við það. Hjer í Westur Selkirk eru margir landar en eins og við er að búast misjafnir í fjelagsskap og framkvæmdum en allir eru þeir þægilegir í viðmóti. á Hvítasunnudag var hjer mindaður söfnuður og vóru það 14 sem skrifuðu sig í hann (við Steini baðir) svo fjölga þeir sjálfsagt því þeir í Austur Selkirk ganga í hann að minsta kosti sumir og svo fjölga þeir hjer líka. Sigurður nokkur Hermansson
hefur
ættaður ur Norðurmúla syslu hefur mest gengist fyrir að þessi söfnuður mindaðist líka hefur hann beðið Enska um stirk til að koma upp húsi sem hægt væri að halda Guðsþjónustu í Einn Enskur sagðist hafa gefið 50 dollara til Kirkjunnar í Winnipeg og vildi hann þó ekki síður styrkja þetta fyrirtæki hjer og gaf 40 doll. annar gaf 25 og svo nokkrir þar fyrir neðann. Svo var viður keiptur í alla ytri klæðningu og gólf í 12 al langt og 9 al breitt hús og er nú búið að reisa það og hef jeg gjört það að nokkru leiti en grindina smíðaði Jon nokkur Ivarsson því þá var jeg ekki svo að jeg gæti smíðað fyrir handar bólgunni. Svo kann jeg í raun og veru ekkert að smíða hjer. Húsgrindur eru altöðruvísi settar saman en heima. þær eru mikið ósterkari en vandaminni smíði en það ekkert sporer höggvið og enginn tappi sagaður alt er járnneglt engin bindingur hafður nema undir gluggum en stoðir þjettar og klætt á þar langs eptir en sú klæðning tvöföld og tjöru papp á milli það er mestum að gjöra hjer að vera
fljótur
en þó maður gjöri illa er síður að því fundið Steini
er orðin betri smiður en jeg eptir Ameríkönskum mæli kvarða hann hefur líka smíðað með enskum hjer um bil á hverjum deygji síðan stuttu eptir Nýár. hæðsta kaup sem hann hefur fengið eru 1. 75 C en jeg 1.50 Cent og unnum við þá saman, hann er orðin góður í málinu og er heldur líklegt að hann komist hjer allvel af ef hann hefur heilsu, hann keipti Kú í vor sem bar um Sumarmál og elur hann kálfin hún kostaði 30 dollara úr henni höfum við mjólk upp á einhvern máta hann fæddi okkur öllum tíma á meðan jeg var handlama og er mjer hjálplegur í öllu sem hann getur bæði með að útvega mjer vinnu og fleira. Sigfús hefur heldur hjálpað upp á mig líka hann vinnur svo að hann hefur það sem hann þarf. Skaðin sem jeg hafði af því að verða handlama mun vera nálægt 100 dollorum og bý jeg að honum fyrstum sinn en vona þó að það rakni fram úr fyrir mjer ef jeg hef heilsu
A tíðarfar verð jeg eitthvað að minnast, veturinn var hjer góður 1 og 2 Jan. var sólbráð og er það óvanalegt hjer um hávetur. þorrin var nokkuð kaldur á þorra þræl var 28 gr. frost á Raum en mjer fanst það ekki næsta kalt jeg vitjaði einn um net um
morgunnin
jeg að vísu fann að þá var frost með meira moti en þá var haldin Tombóla í Mikley þann dag og
kvenn
fólk fór og ferðaðist eins og það ætlaði sjer það er æfin lega logn í skógar brautonum og þessvegna optast farandi eptir þeim en á bersvæði getur hann orðið opt vondur. Góan góð optast sólbráð en frost um nætur og eins framan af Einmánuði í April vóru kulda hret í Maí
þurviðri
á dagin en frost um nætur seint í þeim mánuði voru alhjelaðir gluggar hjer fyrir fóta ferðar tíma, jörð grjeri
seint
seint vegna þurka og kulda, sumstaðar hefur verið
oálitlegt með grassprettu og eins kveiti uppskeru en það hafa komið skúrir nú seinni partin af júní svo það lítur heldur betur út fyrir mönnum. Snjór varð aldrei mikill í vetur og tók snema. Kveldin eru hjer skemtilegust optast logn og skafheiðríkt lopt og tunglsljós bæði í vetur og eins í sumar. þrumur koma optast þegar rignir nokkuð til muna en það stendur hverugt lengi yfir höfuð má tíðar farið heita gott en þó er hægt að því að finna nl. að það sje of kalt á veturnar en of heitt á sumrinn. að vísu hafa mjer ekki ógnað hitarnir en þá það er suma daga eins og þegar er sem heitast heima en það er vest að hafa aldrei alminlegt vatn til að drekka það er ómissandi að eiga Is á sumrinn enda munu flestir Enskir hafa utbúnað til þess.
Jeg held jeg hafi eitthvað minstá kindurnar á Jónsnesi í brjefinu sem jeg skrifaði í vetur þó að það sje nú að vísu ómerkilegt þá er það ekki nema eins og annað sem jeg skrifa. en mjer fins að þig getið helst feingið hugmind um hvernig að mjer líður með því moti að tína til ymislegt sem fram við mig kemur í daglega lífinu þó það sje varla þess vert að lesa það Ærnar vóru 5 og 3 Janúar bar sú fyrst og önnur litlu seinna og vóru þær einlembdar 2 báru seinna á góu og voru báðar tvílemdar og eitt lambið svart ein var óborin þegar jeg fór. Á meðan jeg var upp í Winnipeg í seinna sinni eða 15 maí eignaðist jeg dreing og gekk það vel til Guðnýu heilsaðis vel og barninu Óskírður er hann en því hjer er engin prestur Islendskur en það er gjört ráð fyrir að lata hann heita Björn Isfeld þó þar komi
Björn Gunnlaugsson byst jeg ekki við að hann verði stjörnu spekingur samt þikir hann vera efnilegur eptir vonum
Nú er komin 8 júlí og er þá held jeg mál að fara að enda þetta brjef. 6. þm kom brjef frá Markúsi til Kela og Sigfúsar en ekkert brjef hef jeg fengið enn þau fara hjer fram hjá norður í Mikley og svo þaðan hingað en það er langur krókur sjálfsagt eins langt eins og frá Húsavík til Akureirar. I dag komu hjer Emigrantar að heiman og ætla til Nýa Islands ekkert þekkum við af því. í okkar hús tókum við konu með barni sem Guðbjörg heitir og var næstliðið ár í Nýabæ í Keldu hverfi. ekkert Centt á hún í eigu sinni en ætlar til bróður síns maðurinn varð eptir heima með annað barn og fór vestur í Skagafjörð því hann var þaðan ættaður. Jeg bið kærlega að heilsa ollum mínum kunníngum en einkum Sveinbirni í Klambraseli ekki skrifa jeg honum í þetta sinn en hef hug á að gjöra það seinna. Svoð biðjum við að heilsa Marju og ykkur öllum í Geitafelli en einkum Mömmu mjer fynst jeg ekkert hafa að skrifa henni sjerstaklega mjer leiðist það stundum að jeg skuli vera komin svona langt frá henni en það verður ekki aptur tekið. jeg ætla að senda henni 1 dollar að gamni mínu hefði jeg verið ríkur þá hefði jeg látið það vera meira. Svo vil jeg biðja Guð að annast hana og ykkur öll um tíma og Eylífð það mælir af heilum hug þinn ónítur broðir Gunnlaugur
Utaná skript mín er
Mr. G. Oddsson West Selkirk P.O. Manitoba Canada